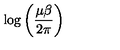
\log \left( \frac { \mu \beta } { 2 \pi } \right)